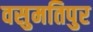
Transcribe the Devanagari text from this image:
वसुमतिपुर